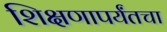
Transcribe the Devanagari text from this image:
शिक्षणापर्यंतचा